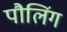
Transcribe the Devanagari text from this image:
पौलिंग